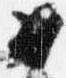
如